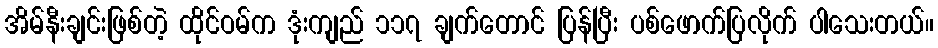
အိမ်နီးချင်းဖြစ်တဲ့ ထိုင်ဝမ်က ဒုံးကျည် ၁၁၇ ချက်တောင် ပြန်ပြီး ပစ်ဖောက်ပြလိုက် ပါသေးတယ်။